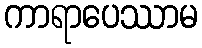
ကာရာပေဿာမ